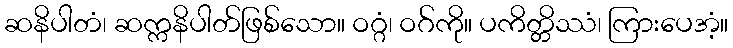
ဆနိပါတံ၊ ဆက္ကနိပါတ်ဖြစ်သော။ ဝဂ္ဂံ၊ ဝဂ်ကို။ ပကိတ္တိဿံ၊ ကြားပေအံ့။